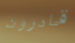
قادرون